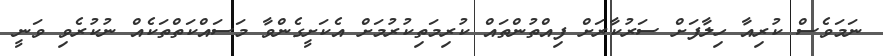
ނަމަވެސް ކުރިއާ ހިލާފަށް ސަރުކާރަށް ފިއްތުންތައް ކުރިމަތިކުރުމަށް އެކަށީގެންވާ މަސައްކަތްތަކެއް ނުކުރެވި ވަނީ